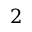
2